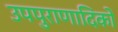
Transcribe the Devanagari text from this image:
उपपुराणादिकों